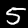
Label: 5